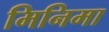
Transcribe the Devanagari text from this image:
मिनिमा